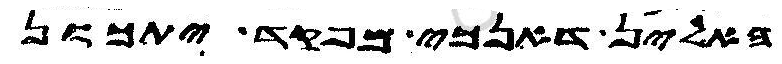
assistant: האלין דאנכי מפקד יתכון